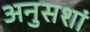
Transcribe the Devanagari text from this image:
अनुसशां